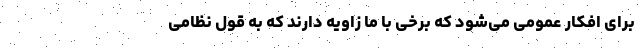
برای افکار عمومی می‌شود که برخی با ما زاویه دارند که به قول نظامی